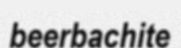
beerbachite